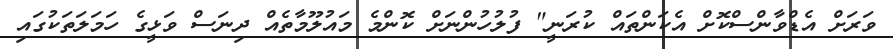
ވަރަށް އެޑްވާންސްކޮށް އެކަންތައް ކުރަނީ" ފުލުހުންނަށް ކޮންމެ މައުލޫމާތެއް ދިނަސް ވަޅީގެ ހަމަލަތަކުގައި